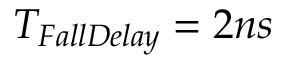
T _ { F a l l D e l a y } = 2 n s